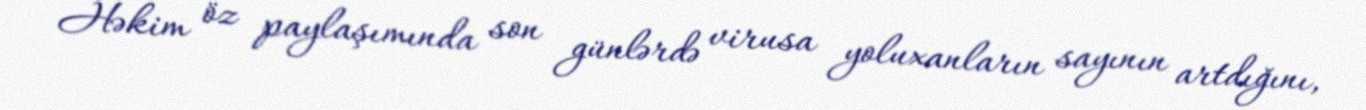
Həkim öz paylaşımında son günlərdə virusa yoluxanların sayının artdığını,